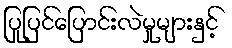
ပြုပြင်ပြောင်းလဲမှုများနှင့်